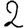
Digit: 2